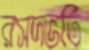
রসদভর্তি